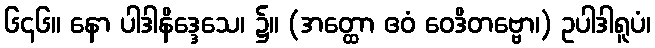
၆၄၆။ နော ပါဒါနိဒ္ဒေသေ၊ ၌။ (အတ္ထော ဧဝံ ဝေဒိတဗ္ဗော၊) ဥပါဒါရူပံ၊